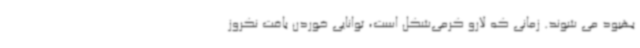
بهبود می شوند. زمانی که لارو کرمی‌شکل است، توانایی خوردن بافت نکروز